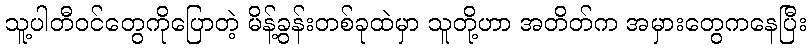
သူ့ပါတီဝင်တွေကိုပြောတဲ့ မိန့်ခွန်းတစ်ခုထဲမှာ သူတို့ဟာ အတိတ်က အမှားတွေကနေပြီး